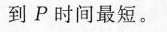
到P时间最短。